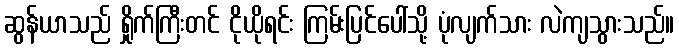
ဆွန်ယာသည် ရှိုက်ကြီးတင် ငိုယိုရင်း ကြမ်းပြင်ပေါ်သို့ ပုံလျက်သား လဲကျသွားသည်။